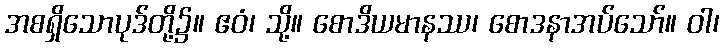
အစရှိသောပုဒ်တို့၌။ ဧဝံ၊ သို့။ စောဒိယမာနဿ၊ စောဒနာအပ်သော်။ ဝါ၊